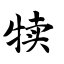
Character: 犊